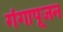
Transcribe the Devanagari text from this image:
गंगापूजन